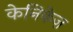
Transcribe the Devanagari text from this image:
केनिकेज़